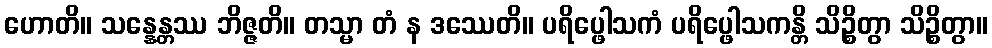
ဟောတိ။ သန္နေန္တဿ ဘိဇ္ဇတိ။ တသ္မာ တံ န ဒဿေတိ။ ပရိပ္ဖေါသကံ ပရိပ္ဖေါသကန္တိ သိဉ္စိတွာ သိဉ္စိတွာ။